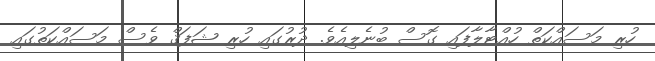
ހުރި މަސައްކަތް ހުއްޓާލާފައި ގޮސް ބުނެލިއެވެ. ދުރުގައި ހުރި ޝަފަޤް ވެސް މަސައްކަތުގައި